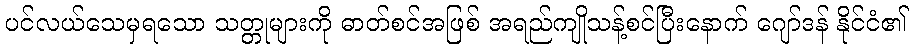
ပင်လယ်သေမှရသော သတ္တုများကို ဓာတ်စင်အဖြစ် အရည်ကျိုသန့်စင်ပြီးနောက် ဂျော်ဒန် နိုင်ငံ၏